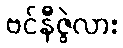
ဗင်နီဇွဲလား